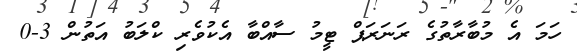
ހަމަ އެ މުބާރާތުގެ ރަނަރަޕް ޓީމު ސާއްބާ އެކުވެރި ކްލަބު އަތުން 3-0